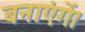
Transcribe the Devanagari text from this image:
बनाएंगें।